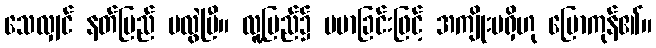
သေလျှင် နတ်ပြည် မလွဲပြီ။ လူ့ပြည်၌ မမာခြင်းဖြင့် အကျိုးမရှိဟု ပြောကုန်၏။